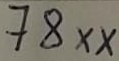
Text: 78XX